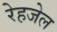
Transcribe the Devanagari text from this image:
रेहजेल